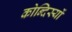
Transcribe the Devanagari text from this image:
कोन्दिस्यों